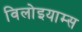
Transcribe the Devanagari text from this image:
विलोइयाम्स